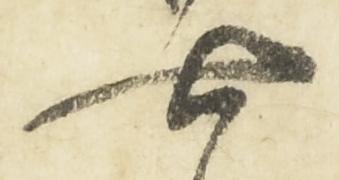
七